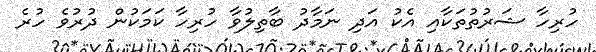
ހުރިހާ ޝަރުތުތަކާއި އެކު އަދި ނަމާދު ބާތިލުވާ ހުރިހާ ކަމަކުން ދުރުވެ ހުރެ